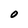
Character: O